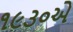
૧૯૩૦એ